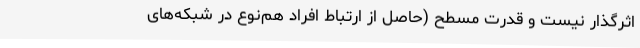
اثرگذار نیست و قدرت مسطح (حاصل از ارتباط افراد هم‌نوع در شبکه‌های